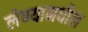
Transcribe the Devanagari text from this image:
लेण्यामधील